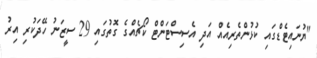
"ޔުނައިޓެޑްގައި ކުޅުންތެރިއެއް އަދި އެސިސްޓަންޓް ކޯޗެއްގެ ގޮތުގައި 29 ސީޒަނު ހޭދަކުރި އިރު